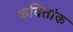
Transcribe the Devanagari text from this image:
कवितांक